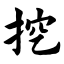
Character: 挖